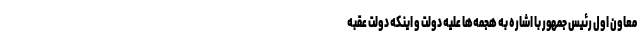
معاون اول رئیس جمهور با اشاره به هجمه‌ها علیه دولت و اینکه دولت عقبه